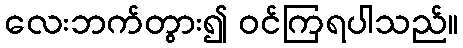
လေးဘက်တွား၍ ဝင်ကြရပါသည်။